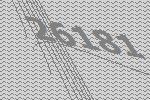
26181